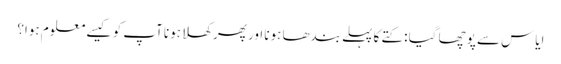
اِیاس سے پوچھا گیا : کتے کا پہلے بندھا ہونا اور پھر کھلا ہونا آپ کو کیسے معلوم ہوا؟